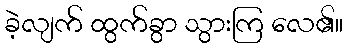
ခဲ့လျက် ထွက်ခွာ သွားကြ လေ၏။